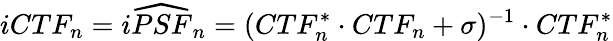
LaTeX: iCTF_{n}=i\widehat{PSF}_{n}=(CTF_{n}^{*}\cdot CTF_{n}+\sigma)^{-1}\cdot CTF_{n}^{*}